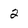
Character: 2